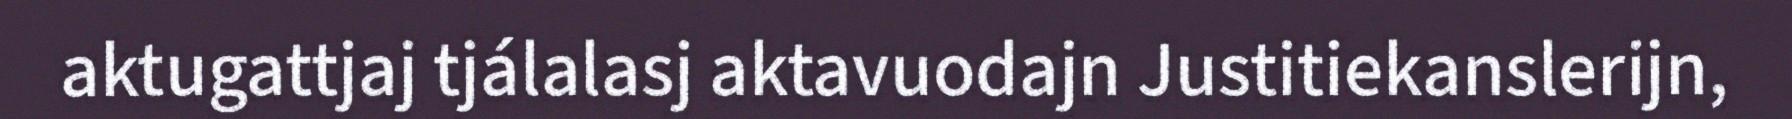
aktugattjaj tjálalasj aktavuodajn Justitiekanslerijn,